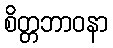
စိတ္တဘာဝနာ